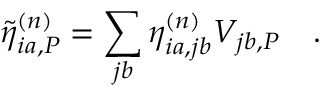
{ \tilde { \eta } } _ { i a , P } ^ { ( n ) } = \sum _ { j b } \eta _ { i a , j b } ^ { ( n ) } V _ { j b , P } \quad .